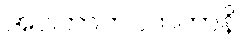
အဝါတာတပဟတာနိ